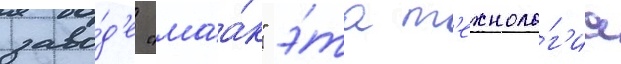
заво́д'е "маа́к" э́та т'ехноло́г'иа